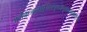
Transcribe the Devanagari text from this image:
अनेकजन्मार्जितपुण्यपाकाद्गुरोस्तु